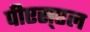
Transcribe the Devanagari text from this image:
पीएस्एल